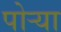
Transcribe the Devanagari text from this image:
पोऱ्या